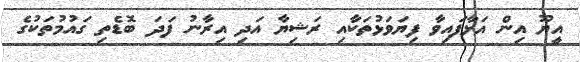
އީޔޫ އިން އަޅާފައިވާ ފިޔަވަޅުތަކާއި ރަޝިޔާ އަދި އިރާނު ފަދަ ބޮޑެތި ގައުމުތަކުގެ